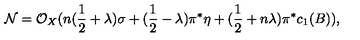
{ \cal N } = { \cal O } _ { X } ( n ( \frac { 1 } { 2 } + \lambda ) \sigma + ( \frac { 1 } { 2 } - \lambda ) \pi ^ { * } \eta + ( \frac { 1 } { 2 } + n \lambda ) \pi ^ { * } c _ { 1 } ( B ) ) ,